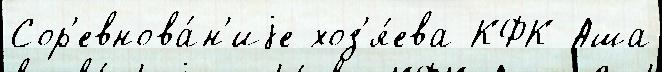
Сор'евнова́н'иjе хоз'я́ева КФК Аша